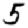
Digit: 5